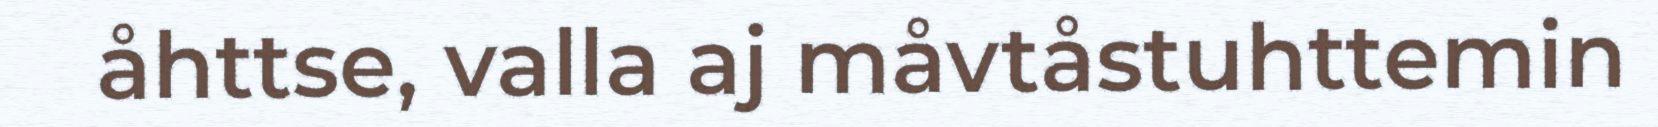
åhttse, valla aj måvtåstuhttemin